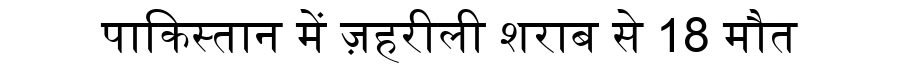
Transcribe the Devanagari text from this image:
पाकिस्तान में ज़हरीली शराब से 18 मौत